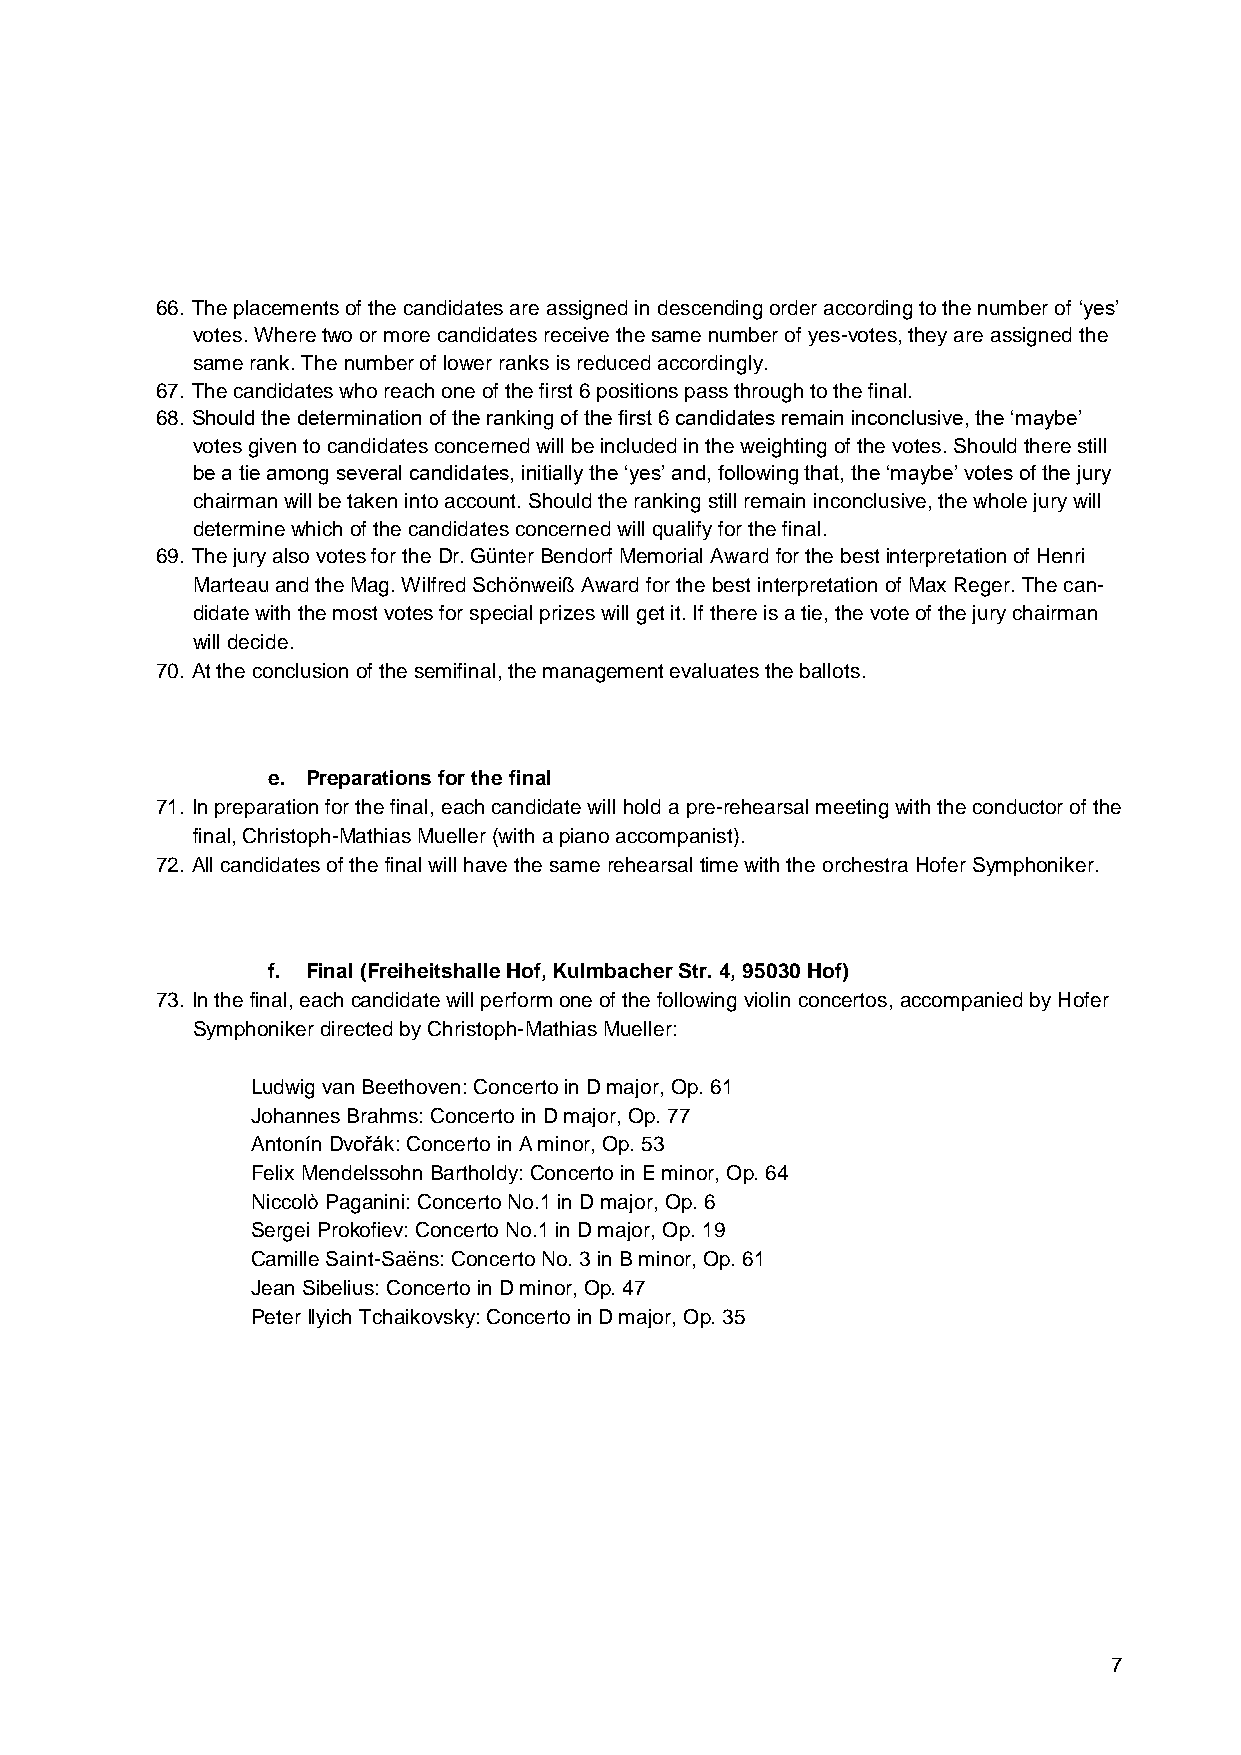
66. The placements of the candidates are assigned in descending order according to the number of ‘yes’
 votes. Where two or more candidates receive the same number of yes-votes, they are assigned the
 same rank. The number of lower ranks is reduced accordingly.
 67. The candidates who reach one of the first 6 positions pass through to the final.
 68. Should the determination of the ranking of the first 6 candidates remain inconclusive, the ‘maybe’
 votes given to candidates concerned will be included in the weighting of the votes. Should there still
 be a tie among several candidates, initially the ‘yes’ and, following that, the ‘maybe’ votes of the jury
 chairman will be taken into account. Should the ranking still remain inconclusive, the whole jury will
 determine which of the candidates concerned will qualify for the final.
 69. The jury also votes for the Dr. Günter Bendorf Memorial Award for the best interpretation of Henri
 Marteau and the Mag. Wilfred Schönweiß Award for the best interpretation of Max Reger. The can-
 didate with the most votes for special prizes will get it. If there is a tie, the vote of the jury chairman
 will decide.
 70. At the conclusion of the semifinal, the management evaluates the ballots.
 e. Preparations for the final
 71. In preparation for the final, each candidate will hold a pre-rehearsal meeting with the conductor of the
 final, Christoph-Mathias Mueller (with a piano accompanist).
 72. All candidates of the final will have the same rehearsal time with the orchestra Hofer Symphoniker.
 f. Final (Freiheitshalle Hof, Kulmbacher Str. 4, 95030 Hof)
 73. In the final, each candidate will perform one of the following violin concertos, accompanied by Hofer
 Symphoniker directed by Christoph-Mathias Mueller:
 Ludwig van Beethoven: Concerto in D major, Op. 61
 Johannes Brahms: Concerto in D major, Op. 77
 Antonín Dvořák: Concerto in A minor, Op. 53
 Felix Mendelssohn Bartholdy: Concerto in E minor, Op. 64
 Niccolò Paganini: Concerto No.1 in D major, Op. 6
 Sergei Prokofiev: Concerto No.1 in D major, Op. 19
 Camille Saint-Saëns: Concerto No. 3 in B minor, Op. 61
 Jean Sibelius: Concerto in D minor, Op. 47
 Peter Ilyich Tchaikovsky: Concerto in D major, Op. 35
 7